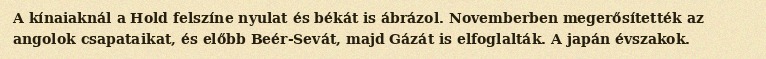
A kínaiaknál a Hold felszíne nyulat és békát is ábrázol. Novemberben megerősítették az angolok csapataikat, és előbb Beér-Sevát, majd Gázát is elfoglalták. A japán évszakok.